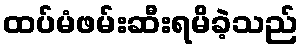
ထပ်မံဖမ်းဆီးရမိခဲ့သည်